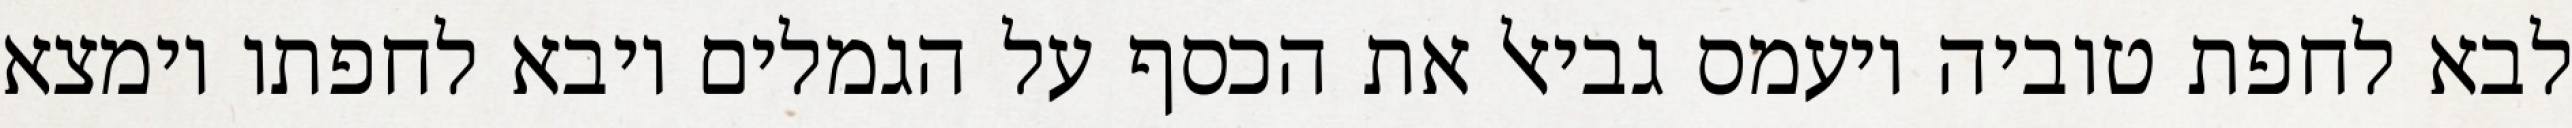
לבא לחפת טוביה ויעמס גביאל את הכסף על הגמלים ויבא לחפתו וימצא